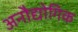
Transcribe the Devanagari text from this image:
अनौद्योगिक